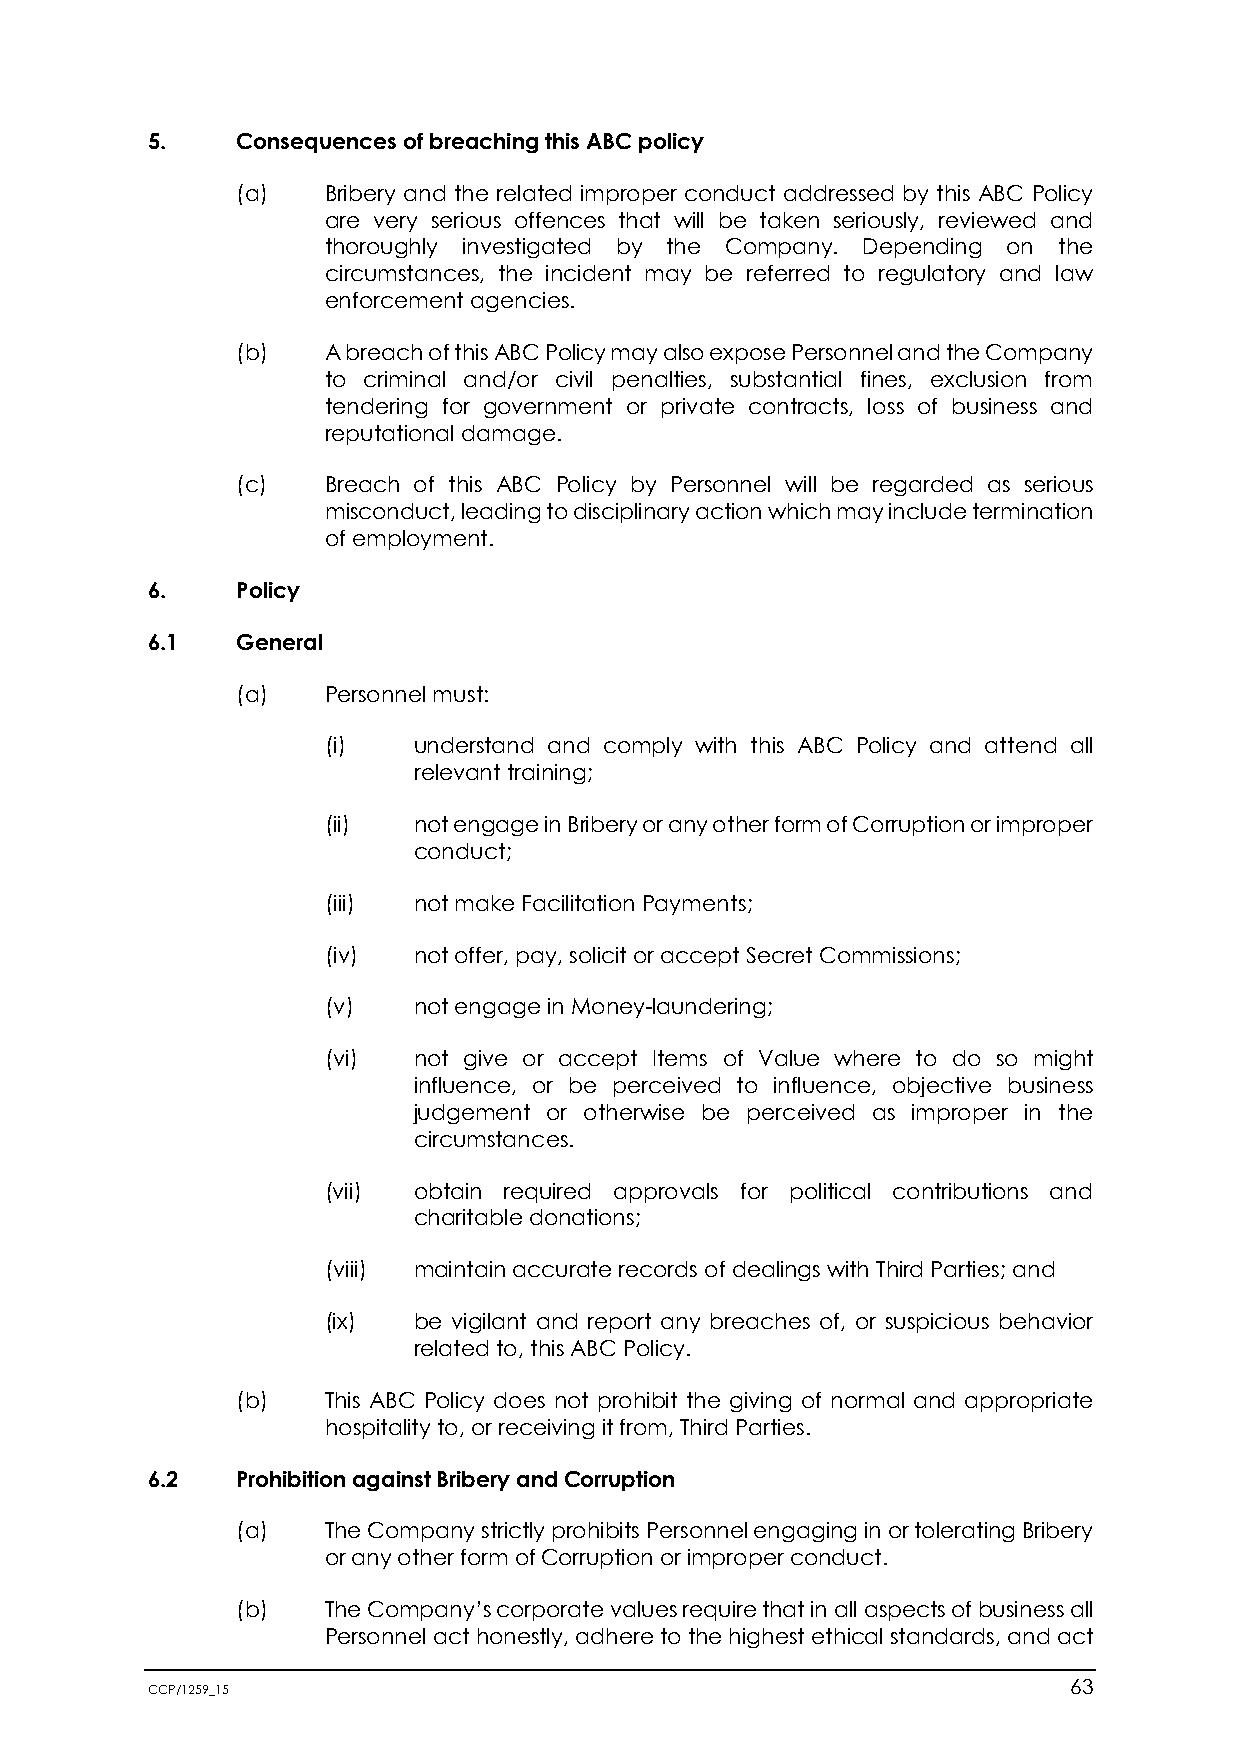
5.    Consequences of breaching this ABC policy
 (a)   Bribery and the related improper conduct addressed by this ABC Policy
 are very serious offences that will be taken seriously, reviewed and
 thoroughly investigated by the Company. Depending on the
 circumstances, the incident may be referred to regulatory and law
 enforcement agencies.
 (b)   A breach of this ABC Policy may also expose Personnel and the Company
 to criminal and/or civil penalties, substantial fines, exclusion from
 tendering for government or private contracts, loss of business and
 reputational damage.
 (c)   Breach of this ABC Policy by Personnel will be regarded as serious
 misconduct, leading to disciplinary action which may include termination
 of employment.
 6.    Policy
 6.1   General
 (a)   Personnel must:
 (i)  understand and comply with this ABC Policy and attend all
 relevant training;
 (ii) not engage in Bribery or any other form of Corruption or improper
 conduct;
 (iii) not make Facilitation Payments;
 (iv) not offer, pay, solicit or accept Secret Commissions;
 (v)  not engage in Money-laundering;
 (vi) not give or accept Items of Value where to do so might
 influence, or be perceived to influence, objective business
 judgement or otherwise be perceived as improper in the
 circumstances.
 (vii) obtain required approvals for political contributions and
 charitable donations;
 (viii) maintain accurate records of dealings with Third Parties; and
 (ix) be vigilant and report any breaches of, or suspicious behavior
 related to, this ABC Policy.
 (b)   This ABC Policy does not prohibit the giving of normal and appropriate
 hospitality to, or receiving it from, Third Parties.
 6.2   Prohibition against Bribery and Corruption
 (a)   The Company strictly prohibits Personnel engaging in or tolerating Bribery
 or any other form of Corruption or improper conduct.
 (b)   The Company’s corporate values require that in all aspects of business all
 Personnel act honestly, adhere to the highest ethical standards, and act
 CCP/1259_15                                                  63